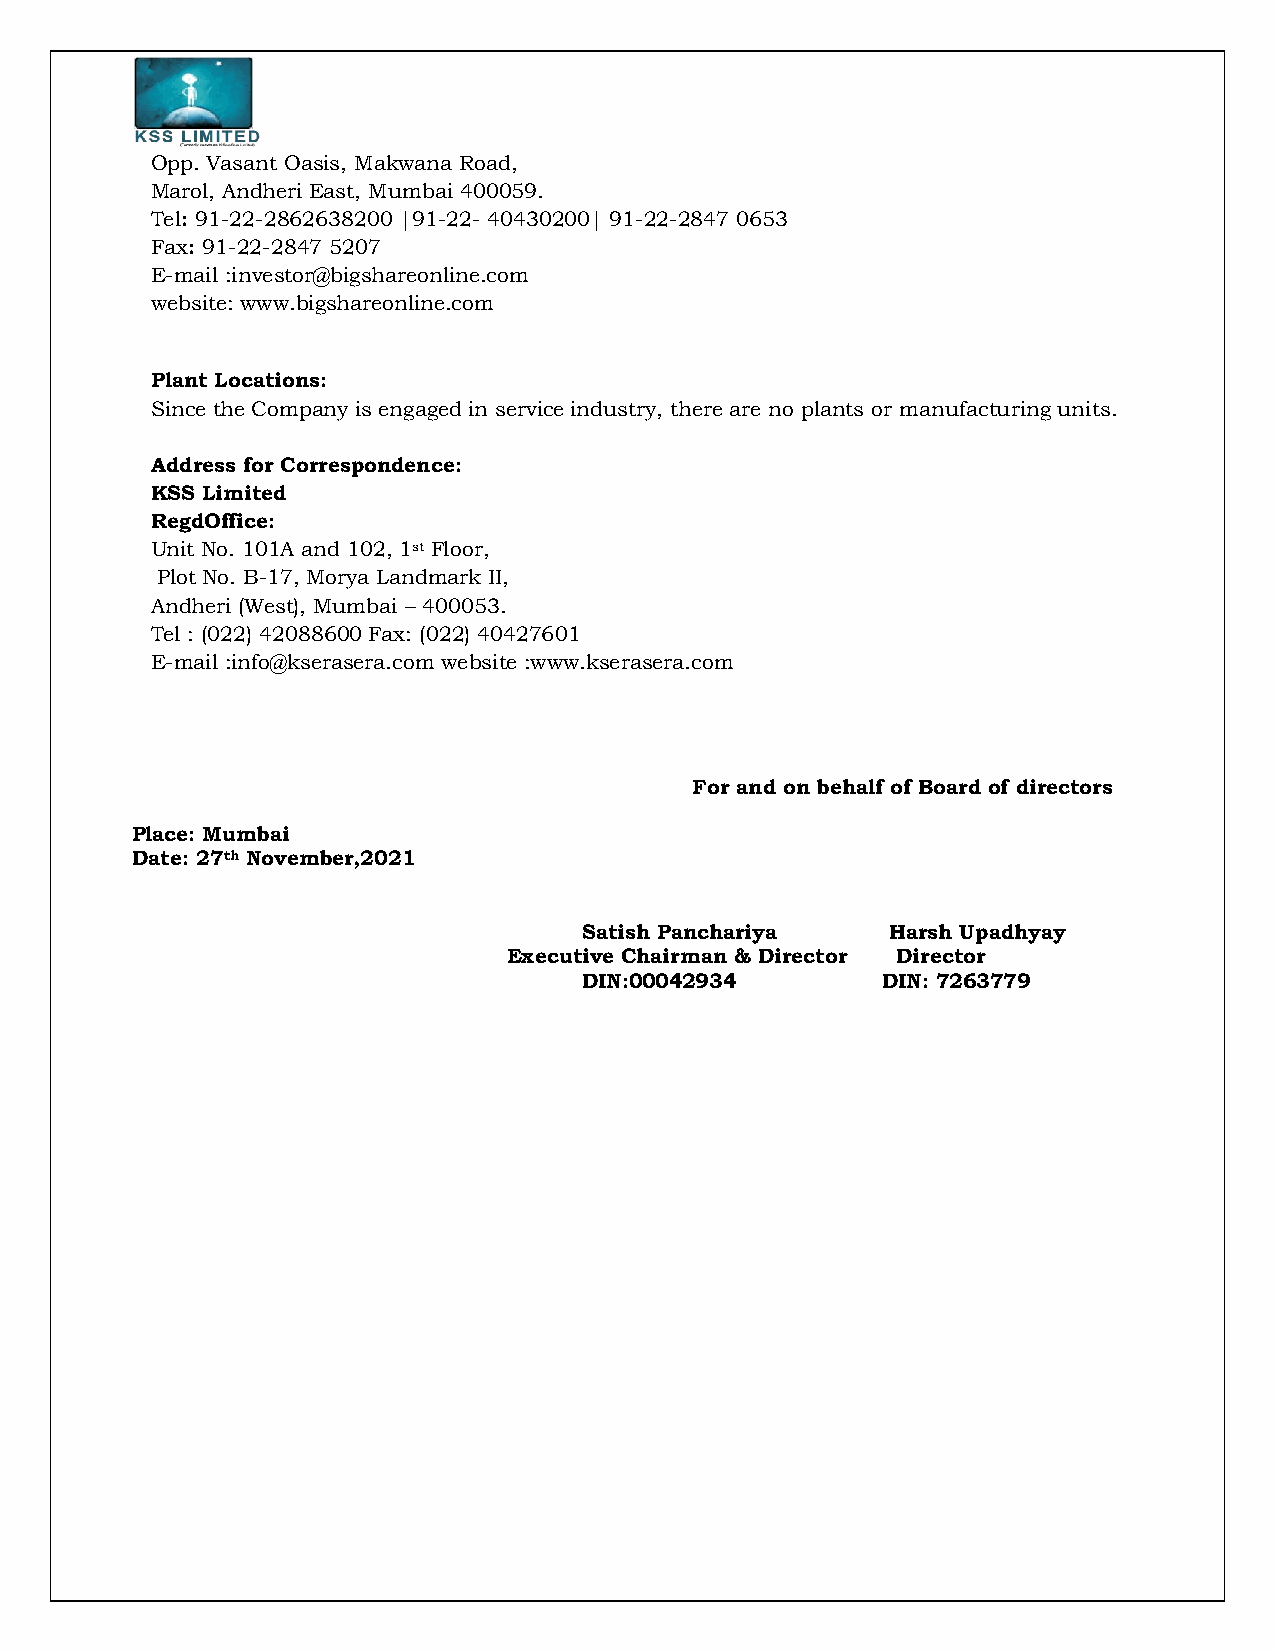
Opp. Vasant Oasis, Makwana Road,
 Marol, Andheri East, Mumbai 400059.
 Tel: 91-22-2862638200 |91-22- 40430200| 91-22-2847 0653
 Fax: 91-22-2847 5207
 E-mail :investor@bigshareonline.com
 website: www.bigshareonline.com
 Plant Locations:
 Since the Company is engaged in service industry, there are no plants or manufacturing units.
 Address for Correspondence:
 KSS Limited
 RegdOffice:
 Unit No. 101A and 102, 1st Floor,
 Plot No. B-17, Morya Landmark II,
 Andheri (West), Mumbai – 400053.
 Tel : (022) 42088600 Fax: (022) 40427601
 E-mail :info@kserasera.com website :www.kserasera.com
 For and on behalf of Board of directors
 Place: Mumbai
 Date: 27th November,2021
 Satish Panchariya   Harsh Upadhyay
 Executive Chairman & Director Director
 DIN:00042934       DIN: 7263779